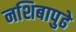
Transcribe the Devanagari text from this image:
नशिबापुढे